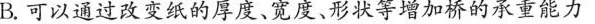
B.可以通过改变纸的厚度、宽度、形状等增加桥的承重能力